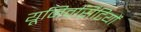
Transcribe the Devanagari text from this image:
यूनिवर्सिटियों